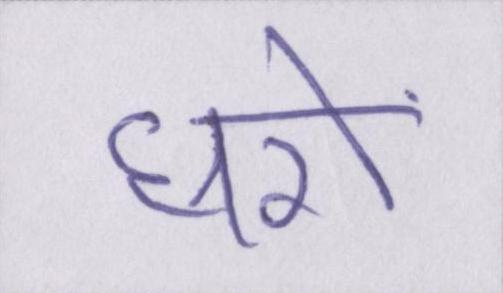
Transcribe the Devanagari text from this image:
घरों